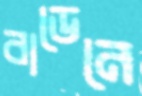
বাডেনে